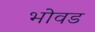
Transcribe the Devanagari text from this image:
भोवड